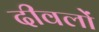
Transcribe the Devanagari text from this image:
दीवलों